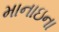
માનાઇના